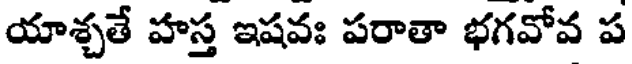
యాశ్చతే హస్త ఇషవః పరాతా భగవోవ ప